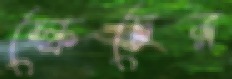
স্কেচের